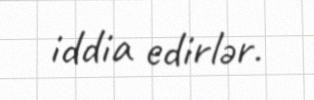
iddia edirlər.